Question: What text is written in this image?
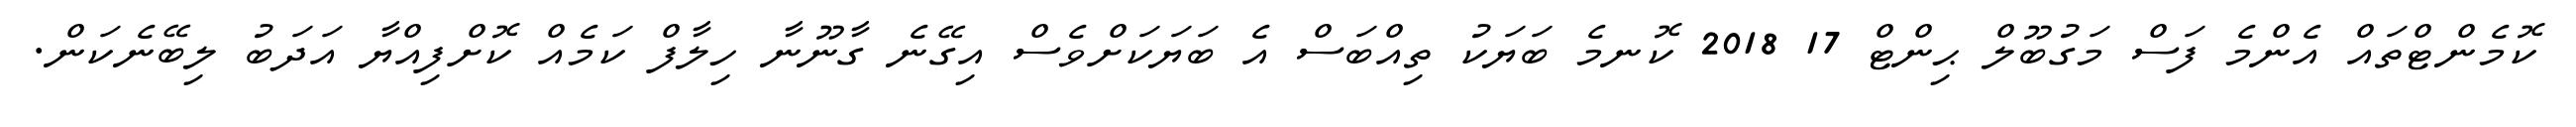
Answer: ކޮމެންޓްތައް އެންމެ ފަސް މަގުބޫލް ޙިންޓް 17 2018 ކޮނމެ ބަޔަކު ތިއްބަސް އެ ބަޔަކަށްވެސް އިގޭނެ ގާނޫނާ ހިލާފް ކަމެއް ކޮށްފިއްޔާ އަދަބު ލިބޭނެކަން.